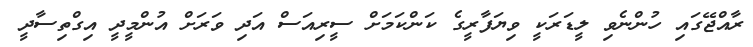
ރާއްޖޭގައި ހުންނެވި ލީޑަރަކީ ވިޔަފާރީގެ ކަންކަމަށް ސީރިއަސް އަދި ވަރަށް އުންމީދީ އިގްތިސާދީ